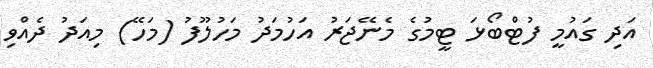
އަދި ގައުމީ ފުޓްބޯޅަ ޓީމުގެ މެނޭޖަރު އަހުމަދު މަހުލޫފު (މަހޭ) މިއަދު ދެއްވި